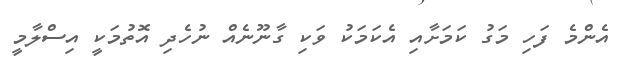
އެންމެ ފަހި މަގު ކަމަށާއި އެކަމަކު ވަކި ގާނޫނެއް ނުހެދި އޮތުމަކީ އިސްލާމީ